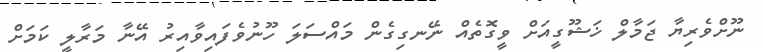
ނޫށްވެރިޔާ ޖަމާލް ޚަޝޫގީއަށް ވީގޮތެއް ނޭނގިގެން މައްސަލަ ހޫނުވެފައިވާއިރު އޭނާ މަރާލީ ކަމަށް